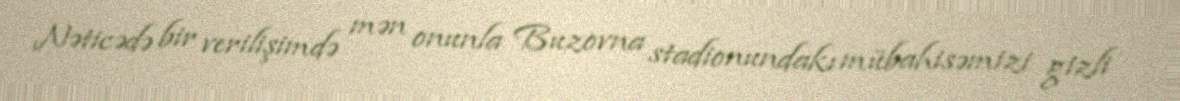
Nəticədə bir verilişimdə mən onunla Buzovna stadionundakı mübahisəmizi gizli